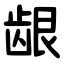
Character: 龈